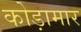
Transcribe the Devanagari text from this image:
कोड़ामार